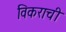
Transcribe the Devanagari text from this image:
विकराची